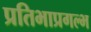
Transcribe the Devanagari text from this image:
प्रतिभाप्रगल्भ